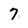
Character: 7